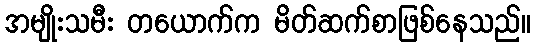
အမျိုးသမီး တယောက်က မိတ်ဆက်စာဖြစ်နေသည်။